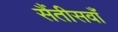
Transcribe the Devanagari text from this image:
सैंतीसवाँ